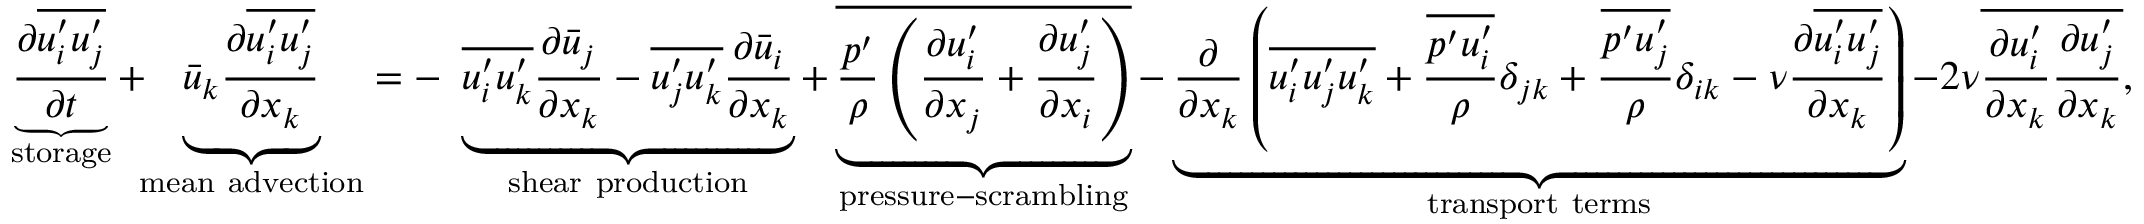
\underbrace { \frac { \partial { \overline { { u _ { i } ^ { \prime } u _ { j } ^ { \prime } } } } } { \partial t } } _ { \mathrm { { s t o r a g e } } } + \! \! \underbrace { { \bar { u } } _ { k } { \frac { \partial { \overline { { u _ { i } ^ { \prime } u _ { j } ^ { \prime } } } } } { \partial x _ { k } } } } _ { \mathrm { { m e a n ~ a d v e c t i o n } } } = - \ \underbrace { { \overline { { u _ { i } ^ { \prime } u _ { k } ^ { \prime } } } } { \frac { \partial { \bar { u } } _ { j } } { \partial x _ { k } } } - { \overline { { u _ { j } ^ { \prime } u _ { k } ^ { \prime } } } } { \frac { \partial { \bar { u } } _ { i } } { \partial x _ { k } } } } _ { \mathrm { { s h e a r ~ p r o d u c t i o n } } } + \underbrace { \overline { { { \frac { p ^ { \prime } } { \rho } } \left( { \frac { \partial u _ { i } ^ { \prime } } { \partial x _ { j } } } + { \frac { \partial u _ { j } ^ { \prime } } { \partial x _ { i } } } \right) } } } _ { \mathrm { { p r e s s u r e - s c r a m b l i n g } } } - \underbrace { { \frac { \partial } { \partial x _ { k } } } \left( { \overline { { u _ { i } ^ { \prime } u _ { j } ^ { \prime } u _ { k } ^ { \prime } } } } + { \frac { \overline { { p ^ { \prime } u _ { i } ^ { \prime } } } } { \rho } } \delta _ { j k } + { \frac { \overline { { p ^ { \prime } u _ { j } ^ { \prime } } } } { \rho } } \delta _ { i k } - \nu { \frac { \partial { \overline { { u _ { i } ^ { \prime } u _ { j } ^ { \prime } } } } } { \partial x _ { k } } } \right) } _ { \mathrm { { t r a n s p o r t ~ t e r m s } } } - 2 \nu { \overline { { { \frac { \partial u _ { i } ^ { \prime } } { \partial x _ { k } } } { \frac { \partial u _ { j } ^ { \prime } } { \partial x _ { k } } } } } } ,